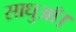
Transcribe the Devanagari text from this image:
साधुआँ।